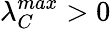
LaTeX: \lambda_{C}^{max}>0